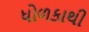
ધોળકાથી